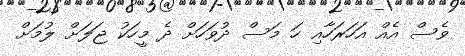
ވެސް އެއް އަހަރަހާއި ހަ މަސް ދުވަހަށް ދެ މީހަކު ޖަލަށް ލުމަށް